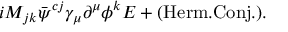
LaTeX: i M _ { j k } { \bar { \psi } ^ { c j } } \gamma _ { \mu } \partial ^ { \mu } \phi ^ { k } E + ( \mathrm { H e r m . C o n j . } ) .